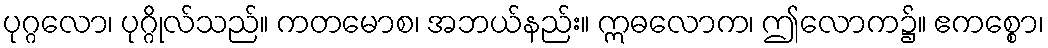
ပုဂ္ဂလော၊ ပုဂ္ဂိုလ်သည်။ ကတမောစ၊ အဘယ်နည်း။ ဣဓလောက၊ ဤလောက၌။ ဧကစ္စော၊